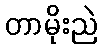
တာမိုးညဲ